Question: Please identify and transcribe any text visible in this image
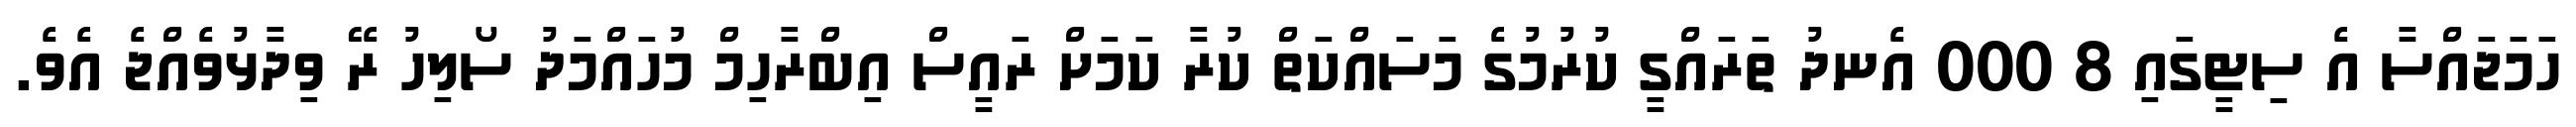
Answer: ހަމަޖައްސާ އެ ސިޓީގައި 8 000 އެނދު ތަރައްގީ ކުރުމުގެ މަސައްކަތް ކުރާ ކަމަށް ރައީސް އިބްރާހިމް މުހައްމަދު ސޯލިހު ރޭ ވިދާޅުވެއްޖެ އެވެ.